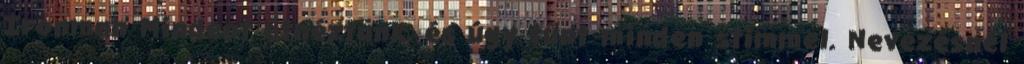
Ironman Mindent átnéztünk, és úgy tűnt minden stimmel. Nevezésnél